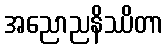
အညောညနိဿိတာ